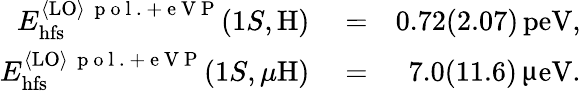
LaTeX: \begin{array}{rlr}{E_{\mathrm{hfs}}^{{\langle\mathrm{LO}\rangle}\, \mathrm{~p~o~l~.~+~e~V~P~}}(1S,\mathrm{H})}&{{}=}&{0.72(2.07)\, \mathrm{peV},}\\ {E_{\mathrm{hfs}}^{{\langle\mathrm{LO}\rangle}\, \mathrm{~p~o~l~.~+~e~V~P~}}(1S,\mu\mathrm{H})}&{{}=}&{7.0(11.6)\, \upmu\mathrm{eV}.}\end{array}